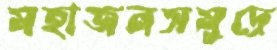
মহাজনসমুদ্রে